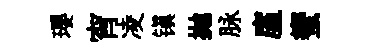
瓔宵凌镇抛脉廑蠁